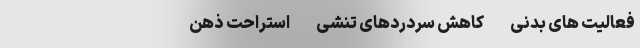
فعالیت های بدنی - کاهش سردردهای تنشی - استراحت ذهن --------------